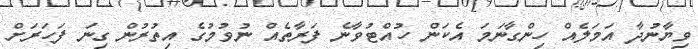
ވިޔާނުދާ އަމަލެއް ހިންގާނަމަ އެކަން ހުއްޓުވާނެ ފަރާތެއް ނުވުމުގެ އިތުރުން ގިނަ ފަހަރަށް